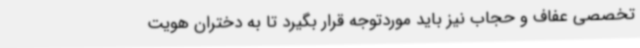
تخصصی عفاف و حجاب نیز باید موردتوجه قرار بگیرد تا به دختران هویت